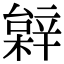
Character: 𨐠